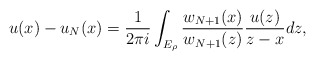
\begin{align*}u(x)-u_N(x)=\frac1{2\pi i}\int_{E_\rho}\frac{w_{N+1}(x)}{w_{N+1}(z)}\frac{u(z)}{z-x}dz,\end{align*}